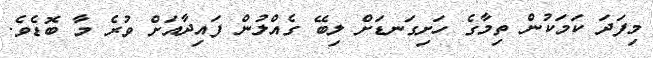
މިފަދަ ކަމަކުން ތިމާގެ ހަށިގަނޑަށް ލިބޭ ގެއްލުން ފައިދާއަށް ވުރެ މާ ބޮޑެވެ.